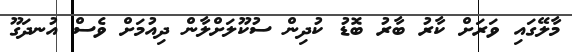
މާލޭގައި ވަރަށް ކާރު ބާރު ބޮޑު ކުދިން ސުކޫލަށްލާން ދިއުމަށް ވެސް އުނދަގޫ